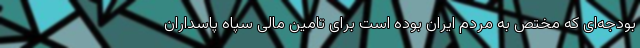
بودجه‌ای که مختص به مردم ایران بوده است برای تامین مالی سپاه پاسداران